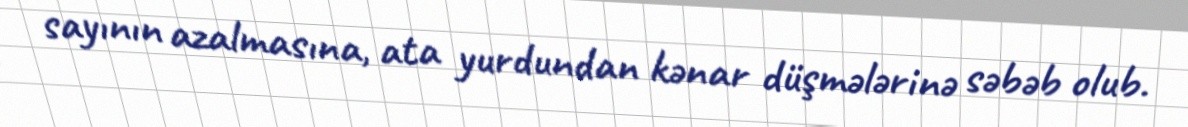
sayının azalmasına, ata yurdundan kənar düşmələrinə səbəb olub.